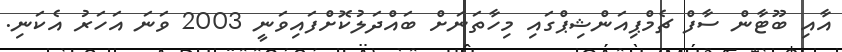
އާއި ބޫޓާން ސާފް ޗެމްޕިއަންޝިޕްގައި މިހާތަނަށް ބައްދަލުކޮށްފައިވަނީ 2003 ވަނަ އަހަރު އެކަނި.